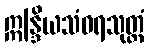
ဣန္ဒြိယသံဝရသုတ္တံ